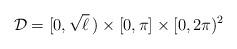
LaTeX: \begin{align*}\mathcal D=[0,\sqrt{\ell}\,)\times[0,\pi]\times[0,2\pi)^{2}\end{align*}